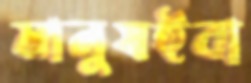
মানুষইবা